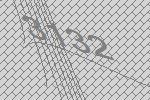
3132